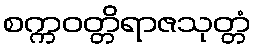
စက္ကဝတ္တိရာဇသုတ္တံ